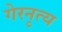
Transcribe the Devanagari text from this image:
गेरनृत्य